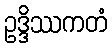
ဥဒ္ဒိဿကတံ